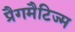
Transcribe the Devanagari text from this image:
प्रैगमैटिज्म